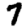
Digit: 7